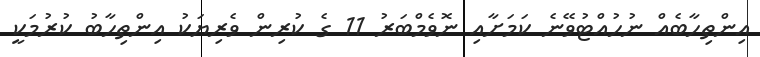
އިންތިހާބެއް ނުހުއްޓުވޭނެ ކަމަށާއި ނޮވެމްބަރު 11 ގެ ކުރިން ވެރިޔަކު އިންތިހާބު ކުރުމަކީ